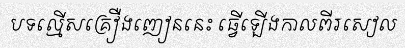
បទល្មើសគ្រឿងញៀននេះ ធ្វើឡើងកាលពីរសៀល